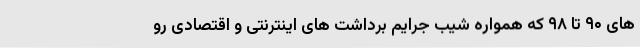
های ۹۰ تا ۹۸ که همواره شیب جرایم برداشت های اینترنتی و اقتصادی رو